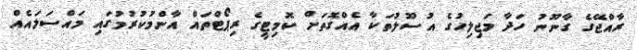
ރާއްޖޭގެ ގާނޫނު ހަދާ މަޖިލިހުގެ އުސޫލުތަކާ އެއްގޮތަށް ކޮމިޓީގެ ރިޕޯޓްތައް އާންމުކުރުމުގައި މައްސަލައެއް